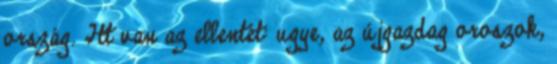
ország. Itt van az ellentét: ugye, az újgazdag oroszok,